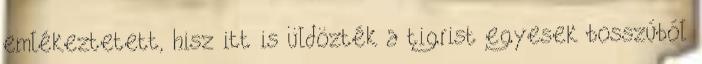
emlékeztetett, hisz itt is üldözték a tigrist egyesek bosszúból